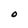
Character: O